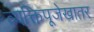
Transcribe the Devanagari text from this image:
व्यक्तिपूजेखातर